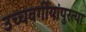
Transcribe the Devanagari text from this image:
उच्चवर्गीयांपुरत्या